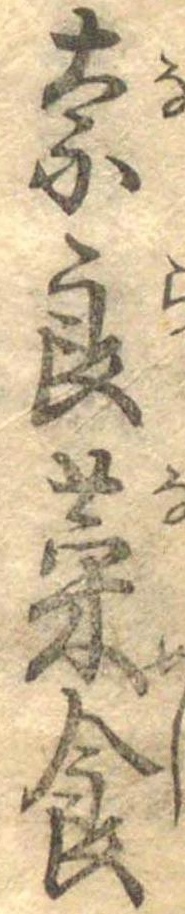
奈良菜食